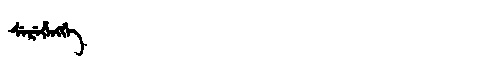
Manchu: ᠰᡝᡵᡝᡥᡝᠩᡤᡝ
Romanization: SEREHENGGE